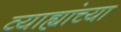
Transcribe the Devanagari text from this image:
व्याह्यांच्या